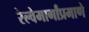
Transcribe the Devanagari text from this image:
रेल्वेमार्गांप्रमाणे